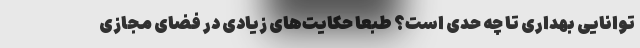
توانایی بهداری تا چه حدی است؟ طبعاً حکایت‌های زیادی در فضای مجازی